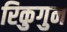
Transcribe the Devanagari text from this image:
रिकुगुन